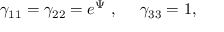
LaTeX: { \gamma } _ { 1 1 } = { \gamma } _ { 2 2 } = e ^ { \Psi } ~ , ~ ~ ~ ~ { \gamma } _ { 3 3 } = 1 ,